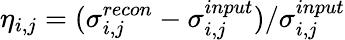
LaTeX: \eta_{i,j}=(\sigma_{i,j}^{recon}-\sigma_{i,j}^{input})/\sigma_{i,j}^{input}